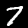
Digit: 7